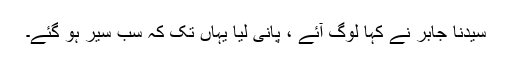
سیدنا جابرؓ نے کہا لوگ آئے ، پانی لیا یہاں تک کہ سب سیر ہو گئے۔